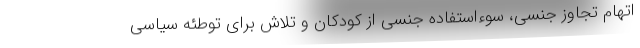
اتهام تجاوز جنسی، سوءاستفاده جنسی از کودکان و تلاش برای توطئه سیاسی